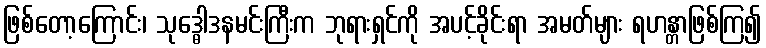
ဖြစ်တော့ကြောင်း၊ သုဒ္ဓေါဒနမင်းကြီးက ဘုရားရှင်ကို အပင့်ခိုင်းရာ အမတ်များ ရဟန္တာဖြစ်ကြ၍